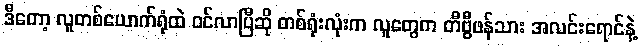
ဒီတော့ လူတစ်ယောက်ရုံထဲ ဝင်လာပြီဆို တစ်ရုံးလုံးက လူတွေက တီဗွီဖန်သား အလင်းရောင်နဲ့